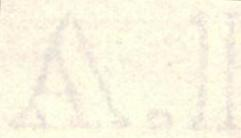
A.I